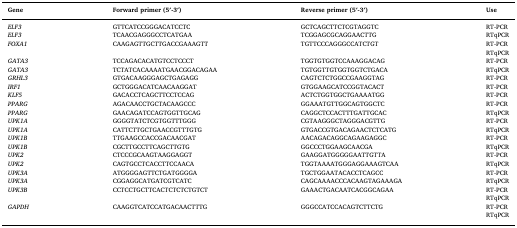
| Gene | Forward primer (5′-3′) | Reverse primer (5′-3′) | Use |
 | --- | --- | --- | --- |
 | ELF3 | GTTCATCCGGGACATCCTC | GCTCAGCTTCTCGTAGGTC | RT-PCR |
 | ELF3 | TCAACGAGGGCCTCATGAA | TCGGAGCGCAGGAACTTG | RTqPCR |
 | <ROWSPAN=2> FOXA1 | <ROWSPAN=2> CAAGAGTTGCTTGACCGAAAGTT | <ROWSPAN=2> TGTTCCCAGGGCCATCTGT | RT-PCR |
 | RTqPCR |
 | GATA3 | TCCAGACACATGTCCTCCCT | TGGTGTGGTCCAAAGGACAG | RT-PCR |
 | GATA3 | TCTATCACAAAATGAACGGACAGAA | TGTGGTTGTGGTGGTCTGACA | RTqPCR |
 | GRHL3 | GTGACAAGGGAGCTGAGAGG | CAGTCTCTGGCCGAAGGTAG | RT-PCR |
 | IRF1 | GCTGGGACATCAACAAGGAT | GTGGAAGCATCCGGTACACT | RT-PCR |
 | KLF5 | GACACCTCAGCTTCCTCCAG | ACTCTGGTGGCTGAAAATGG | RT-PCR |
 | PPARG | AGACAACCTGCTACAAGCCC | GGAAATGTTGGCAGTGGCTC | RT-PCR |
 | PPARG | GAACAGATCCAGTGGTTGCAG | CAGGCTCCACTTTGATTGCAC | RTqPCR |
 | UPK1A | GGGGTATCTCGTGGTTTGGG | CGTAAGGGCTAGGGACGTTG | RT-PCR |
 | UPK1A | CATTCTTGCTGAACCGTTTGTG | GTGACCGTGACAGAACTCTCATG | RTqPCR |
 | UPK1B | TTGAAGCCACCGACAACGAT | AACAGACAGGCAGAAGAGGC | RT-PCR |
 | UPK1B | CGCTTGCCTTCAGCTTGTG | GGCCCTGGAAGCAACGA | RTqPCR |
 | UPK2 | CTCCCGCAAGTAAGGAGGT | GAAGGATGGGGGAATTGTTA | RT-PCR |
 | UPK2 | CAGTGCCTCACCTTCCAACA | TGGTAAAATGGGAGGAAAGTCAA | RTqPCR |
 | UPK3A | ATGGGGAGTTCTGATGGGGA | TGCTGGAATACACCTCAGCC | RT-PCR |
 | UPK3A | CGGAGGCATGATCGTCATC | CAGCAAAACCCACAAGTAGAAAGA | RTqPCR |
 | <ROWSPAN=2> UPK3B | <ROWSPAN=2> CCTCCTGCTTCACTCTCTCTGTCT | <ROWSPAN=2> GAAACTGACAATCACGGCAGAA | RT-PCR |
 | RTqPCR |
 | <ROWSPAN=2> GAPDH | <ROWSPAN=2> CAAGGTCATCCATGACAACTTTG | <ROWSPAN=2> GGGCCATCCACAGTCTTCTG | RT-PCR |
 | RTqPCR |